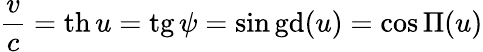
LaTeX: {\frac{v}{c}}=\operatorname{th}u=\operatorname{tg}\psi=\sin\operatorname{gd}(u)=\cos\Pi(u)